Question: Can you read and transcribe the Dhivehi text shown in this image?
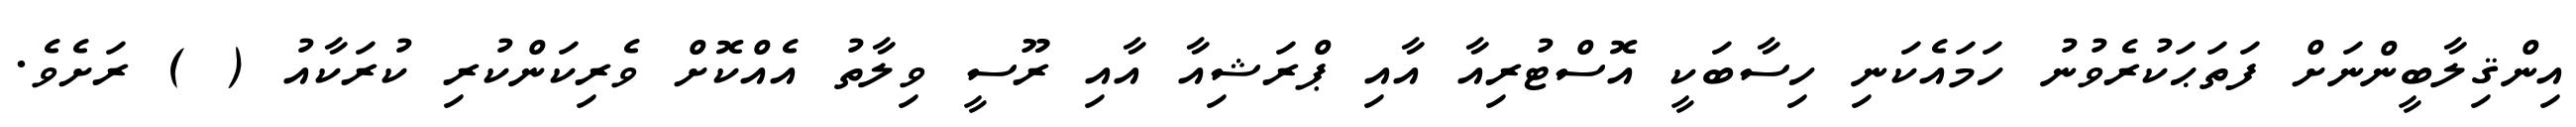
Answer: އިންޤިލާބީންނަށް ފަތަޙަކުރެވުނު ހަމައެކަނި ހިސާބަކީ އޮސްޓުރިއާ އާއި ޕްރަޝިއާ އާއި ރޫސީ ވިލާތު އެއްކޮށް ވެރިކަންކުރި ކުރަކާއު ( ) ރަށެވެ.